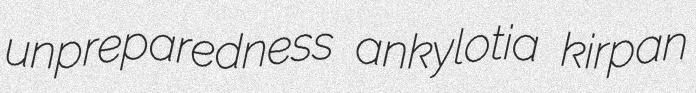
unpreparedness ankylotia kirpan